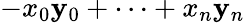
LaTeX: -x_{0}\mathbf{y}_{0}+\cdots+x_{n}\mathbf{y}_{n}